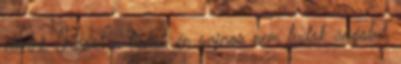
eltelni. Köszi a linket, én sajnos nem tudok angolul,